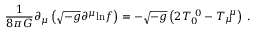
\frac { 1 } { 8 \pi G } \partial _ { \mu } \left( \sqrt { - g } \partial ^ { \mu } \mathrm { l n } f \right) = - \sqrt { - g } \left( 2 T _ { 0 } ^ { \ 0 } - T _ { \mu } ^ { \ \mu } \right) \ .